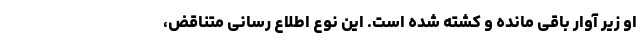
او زیر آوار باقی مانده و کشته شده است. این نوع اطلاع رسانی متناقض،